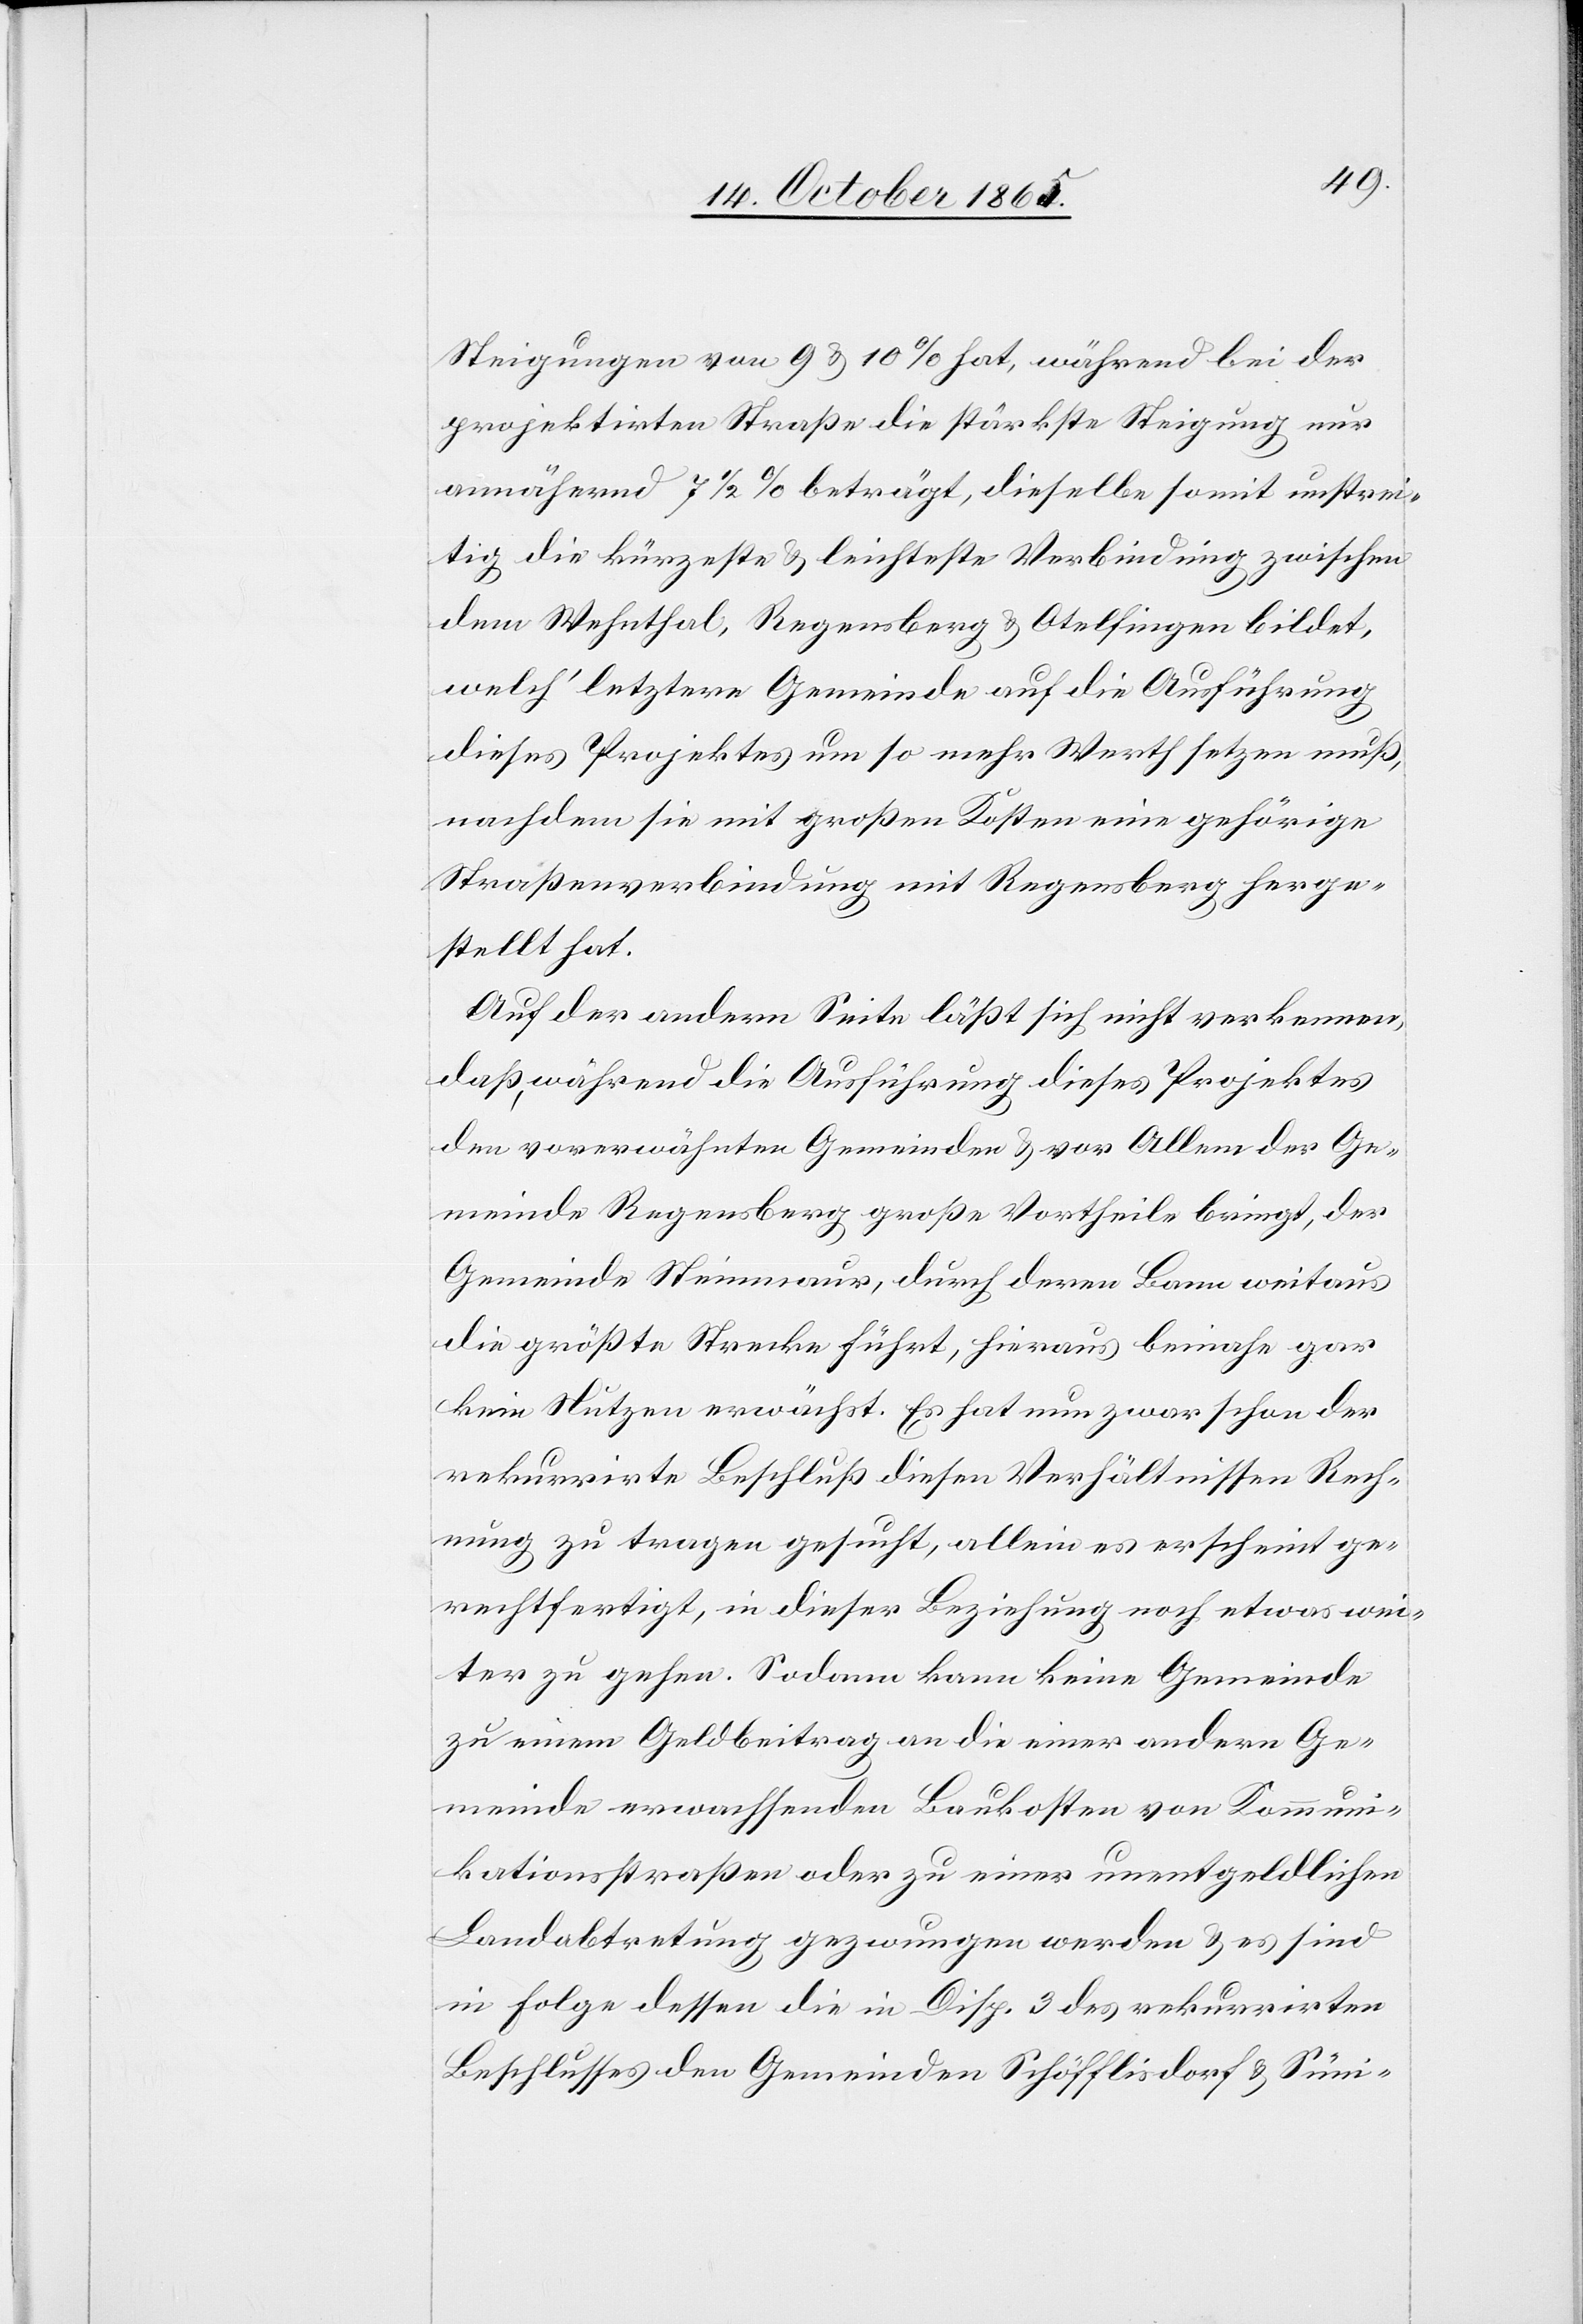
Steigungen von 9 & 10% hat, während bei der
projektirten Straße die stärkste Steigung nur
annähernd 7 1/2% beträgt, dieselbe somit unstrei¬
tig die kürzeste & leichteste Verbindung zwischen
dem Wehnthal, Regensberg & Otelfingen bildet,
welch’ letztere Gemeinde auf die Ausführung
dieses Projektes um so mehr Werth setzen muß,
nachdem sie mit großen Kosten eine gehörige
Straßenverbindung mit Regensberg herge¬
stellt hat.
Auf der andern Seite läßt sich nicht verkennen,
daß, während die Ausführung dieses Projektes
den vorerwähnten Gemeinden & vor Allem der Ge¬
meinde Regensberg große Vortheile bringt, der
Gemeinde Steinmaur, durch deren Bann weitaus
die größte Strecke führt, hieraus beinahe gar
kein Nutzen erwächst. Es hat nun zwar schon der
rekurrirte Beschluß diesen Verhältnissen Rech¬
nung zu tragen gesucht, allein es erscheint ge¬
rechtfertigt, in dieser Beziehung noch etwas wei¬
ter zu gehen. Sodann kann keine Gemeinde
zu einem Geldbeitrag an die einer andern Ge¬
meinde erwachsenden Baukosten von Kommuni¬
kationsstraßen oder zu einer unentgeldlichen
Landabtretung gezwungen werden & es sind
in Folge dessen die in Disp. 3 des rekurrirten
Beschlusses den Gemeinden Schöfflisdorf & Süni-